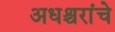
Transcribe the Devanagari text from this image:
अधश्चरांचे